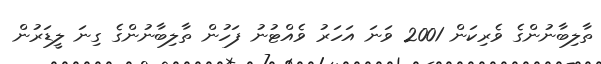
ތާލިބާނުންގެ ވެރިކަން 2001 ވަނަ އަހަރު ވެއްޓުނު ފަހުން ތާލިބާނުންގެ ގިނަ ލީޑަރުން